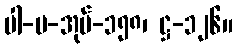
ပါ-ပ-အုပ်-၁၅၈၊ ဋ္ဌ-၁၂၆။